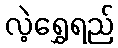
လဲ့ရွှေရည်